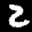
Label: 2